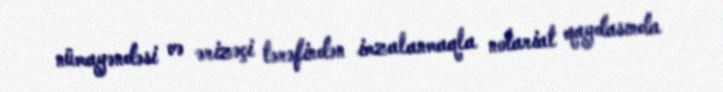
nümayəndəsi və ərizəçi tərəfindən imzalanmaqla notariat qaydasında